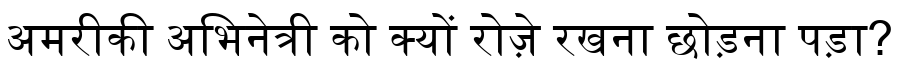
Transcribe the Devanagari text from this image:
अमरीकी अभिनेत्री को क्यों रोज़े रखना छोड़ना पड़ा?